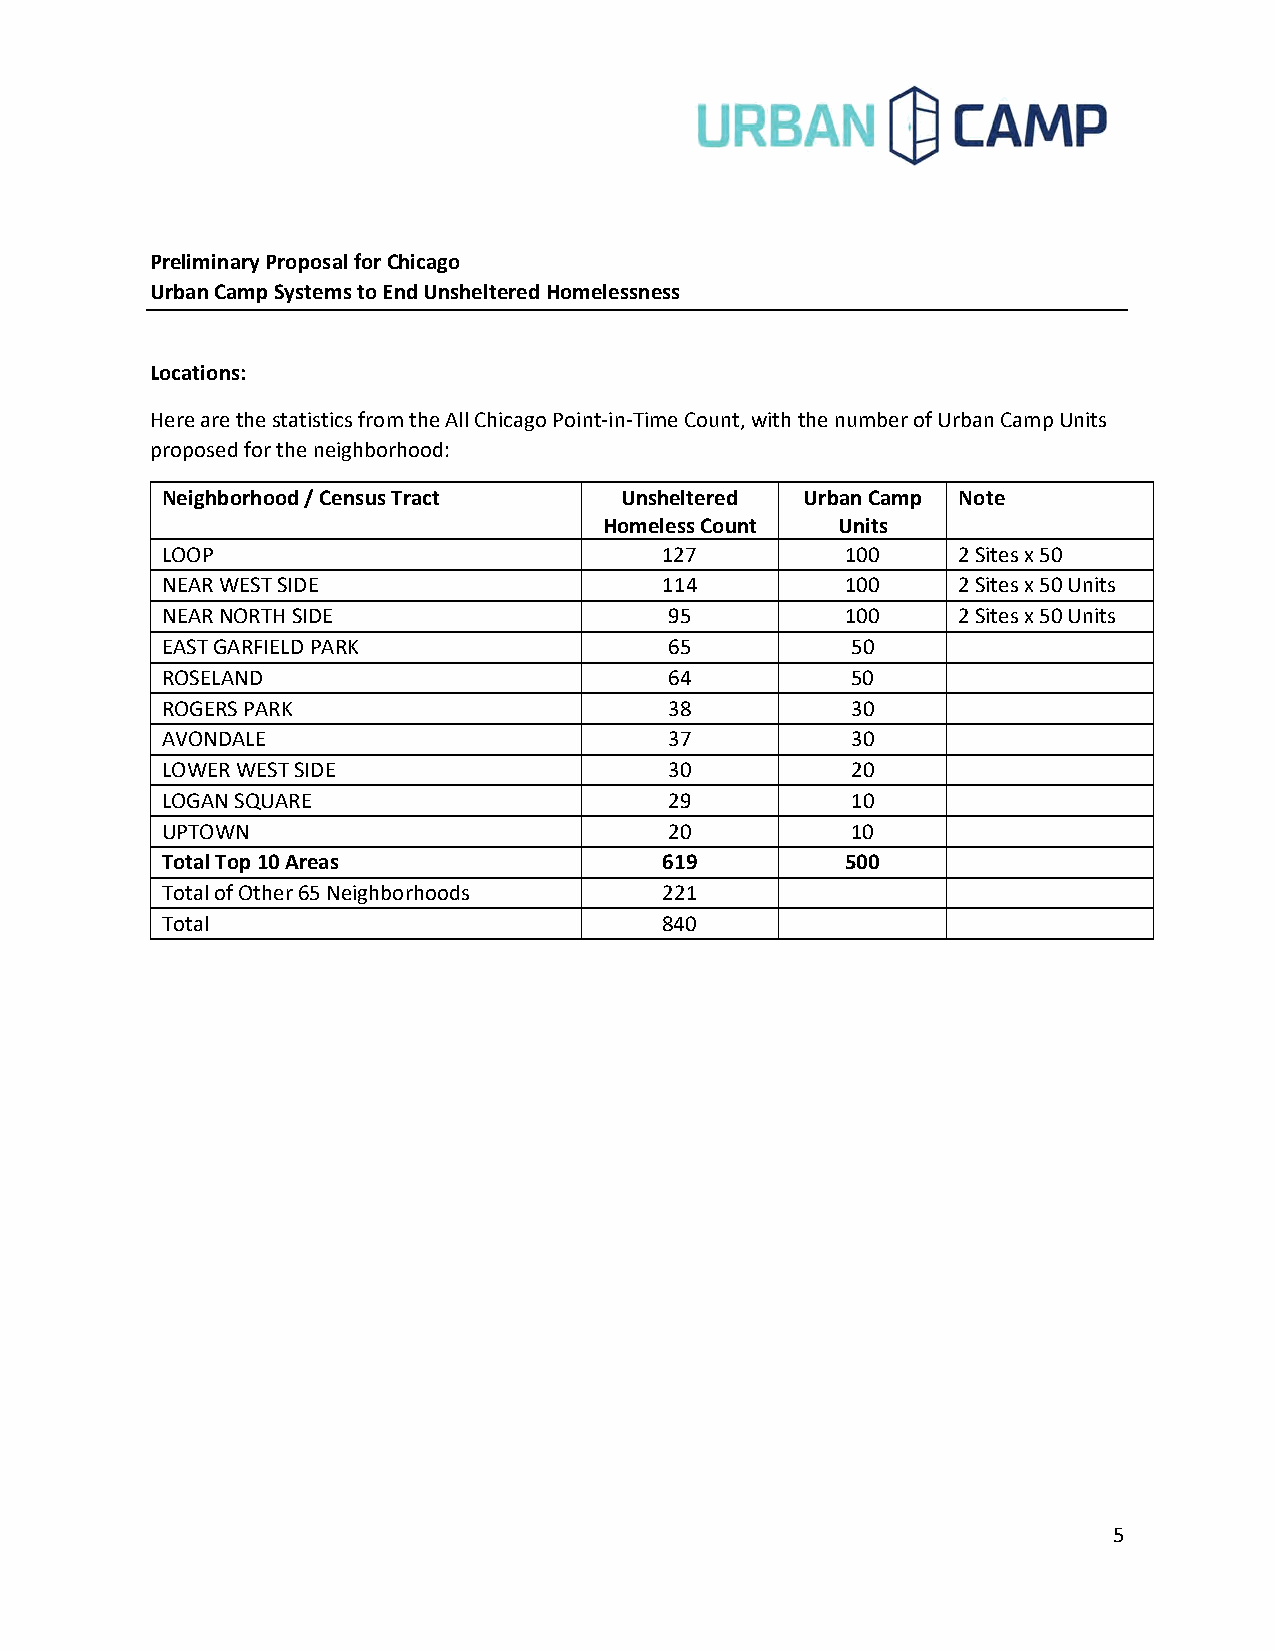
Preliminary Proposal for Chicago
 Urban Camp Systems to End Unsheltered Homelessness
 Locations:
 Here are the statistics from the All Chicago Point‐in‐Time Count, with the number of Urban Camp Units
 proposed for the neighborhood:
 Neighborhood / Census Tract   Unsheltered Urban Camp Note
 Homeless Count Units
 LOOP                             127         100    2 Sites x 50
 NEAR WEST SIDE                   114         100    2 Sites x 50 Units
 NEAR NORTH SIDE                  95          100    2 Sites x 50 Units
 EAST GARFIELD PARK               65          50
 ROSELAND                         64          50
 ROGERS PARK                      38          30
 AVONDALE                         37          30
 LOWER WEST SIDE                  30          20
 LOGAN SQUARE                     29          10
 UPTOWN                           20          10
 Total Top 10 Areas               619         500
 Total of Other 65 Neighborhoods  221
 Total                            840
 5